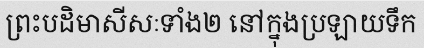
ព្រះបដិមាសីសៈទាំង២ នៅក្នុងប្រឡាយទឹក